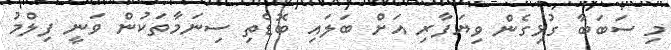
މި ސަބަބާ ގުޅިގެން ވިޔަފާރި އަށް ބަލައި ބޮޑެތި ސިނަމާތަކުން ވަނީ ފިލްމު